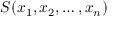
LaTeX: S ( x _ { 1 } , x _ { 2 } , \ldots , x _ { n } )